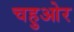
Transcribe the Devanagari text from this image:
चहुओर